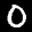
Label: 0